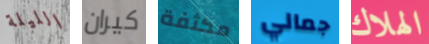
الليلة كيران مكثفة جمالي الهلاك